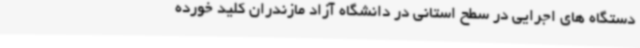
دستگاه های اجرایی در سطح استانی در دانشگاه آزاد مازندران کلید خورده‌